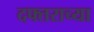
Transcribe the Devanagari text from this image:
दफ्तराच्या